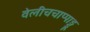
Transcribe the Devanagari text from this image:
वेलीचचाप्पाड्डू